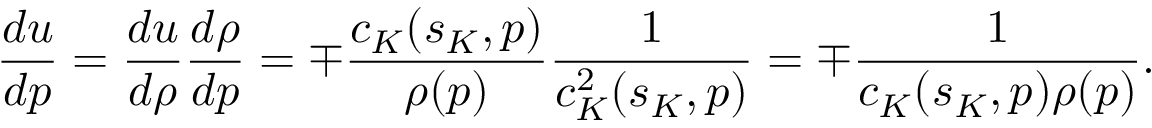
\frac { d u } { d p } = \frac { d u } { d \rho } \frac { d \rho } { d p } = \mp \frac { c _ { K } ( s _ { K } , p ) } { \rho ( p ) } \frac { 1 } { c _ { K } ^ { 2 } ( s _ { K } , p ) } = \mp \frac { 1 } { c _ { K } ( s _ { K } , p ) \rho ( p ) } .